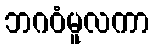
ဘဂဝံမူလကာ